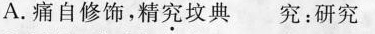
A.痛自修饰，精究坟典 究：研究